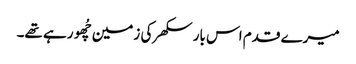
میرے قدم اس بار سکھر کی زمین چُھو رہے تھے۔